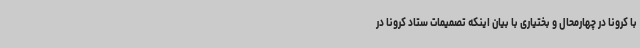
با کرونا در چهارمحال و بختیاری با بیان اینکه تصمیمات ستاد کرونا در